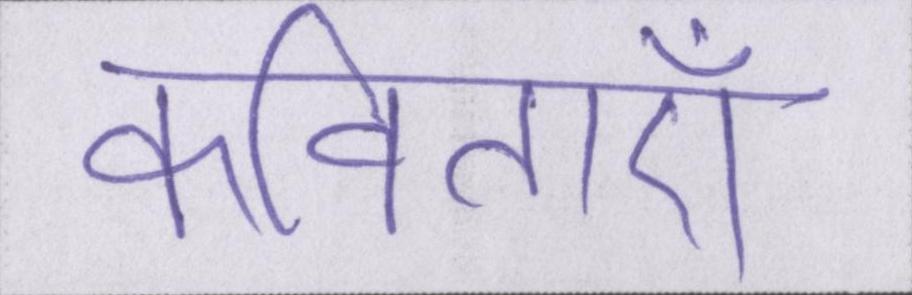
कविताएँ